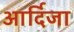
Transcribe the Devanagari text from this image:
आर्दिजा